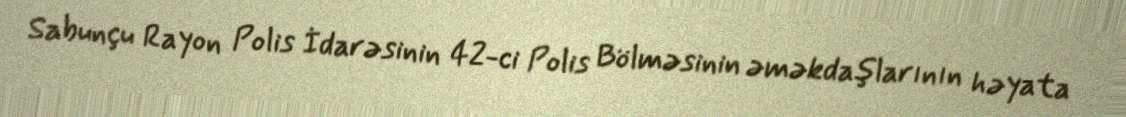
Sabunçu Rayon Polis İdarəsinin 42-ci Polis Bölməsinin əməkdaşlarının həyata